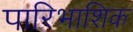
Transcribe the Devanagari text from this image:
पारिभाशिक